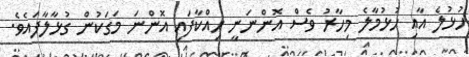
ހުޅުލެ އާއި ހުޅުމާލެ މިހާރު ވެސް އޮންނަނީ ހިއްކާފައި އޮންނަ މަގަކުން ގުޅާލާފައެވެ.